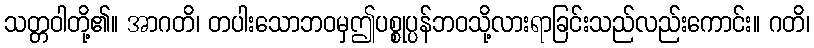
သတ္တဝါတို့၏။ အာဂတိ၊ တပါးသောဘဝမှဤပစ္စုပ္ပန်ဘဝသို့လားရာခြင်းသည်လည်းကောင်း။ ဂတိ၊